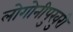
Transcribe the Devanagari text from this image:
लोगोनीपुखुरी